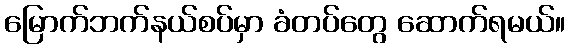
မြောက်ဘက်နယ်စပ်မှာ ခံတပ်တွေ ဆောက်ရမယ်။